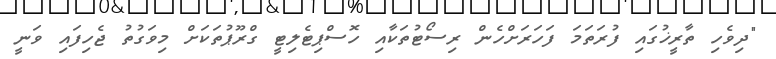
"ދިވެހި ތާރީޚުގައި ފުރަތަމަ ފަހަރަށްހެން ރިސޯޓުތަކާއި ހޮސްޕިޓެލިޓީ ގްރޫޕުތަކަށް މިވަގުތު ޖެހިފައި ވަނީ